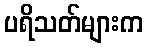
ပရိသတ်များက